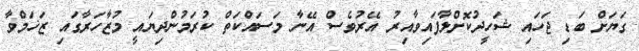
ގަޔަށް ބަޑި ޖަހައި ޝަހީދުކޮށްލާފައިވާއިރު އޭރުވެސް އޭނާ މަސައްކަތް ކުރަމުންދިޔައީ މުޒާހަރާގައި ޒަޚަމްވާ